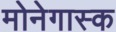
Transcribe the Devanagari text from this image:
मोनेगास्क